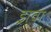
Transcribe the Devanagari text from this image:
ड्रावा